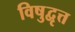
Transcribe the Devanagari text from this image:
विषुद्वृत्त